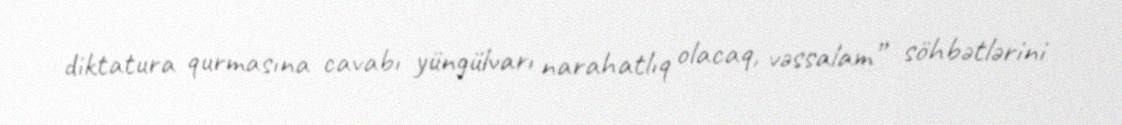
diktatura qurmasına cavabı yüngülvarı narahatlıq olacaq, vəssalam” söhbətlərini